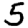
Digit: 5